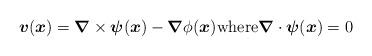
LaTeX: \begin{align*} \boldsymbol{v}(\boldsymbol{x}) = \boldsymbol{\nabla} \times \boldsymbol{\psi}(\boldsymbol{x}) - \boldsymbol{\nabla} \phi(\boldsymbol{x}) \mbox{where} \boldsymbol{\nabla} \cdot \boldsymbol{\psi}(\boldsymbol{x}) = 0 \end{align*}